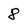
Character: 8